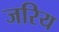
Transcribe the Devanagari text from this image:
जरिय